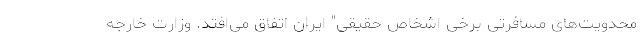
محدویت‌های مسافرتی برخی اشخاص حقیقی" ایران اتفاق می‌افتد. وزارت خارجه